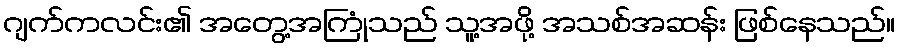
ဂျက်ကလင်း၏ အတွေ့အကြုံသည် သူ့အဖို့ အသစ်အဆန်း ဖြစ်နေသည်။